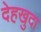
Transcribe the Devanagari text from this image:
देहखुदा